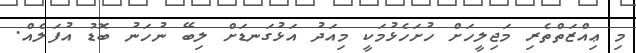
މި ޢިއްޒަތްތެރި މަޖިލީހަށް ހުށަހެޅުމަކީ މިއަދު އަޅުގަނޑަށް ލިބޭ ނުހަނު ބޮޑު އުފަލެއް.